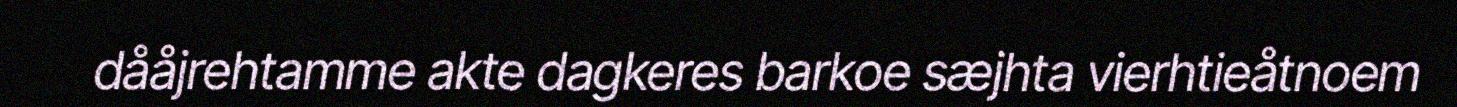
dååjrehtamme akte dagkeres barkoe sæjhta vierhtieåtnoem